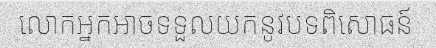
លោកអ្នកអាចទទួលយកនូវបទពិសោធន៍